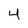
Character: 4